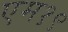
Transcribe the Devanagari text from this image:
एम१९